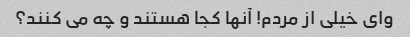
وای خیلی از مردم! آنها کجا هستند و چه می کنند؟